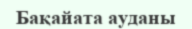
Бақайата ауданы